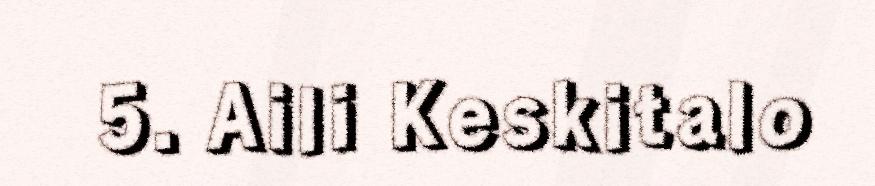
5. Aili Keskitalo